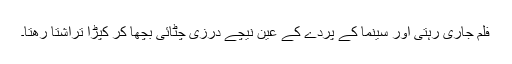
فلم جاری رہتی اور سینما کے پردے کے عین نیچے درزی چٹائی بچھا کر کپڑا تراشتا رھتا۔